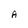
Character: A